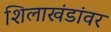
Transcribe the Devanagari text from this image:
शिलाखंडांवर